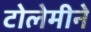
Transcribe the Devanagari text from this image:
टोलेमीने